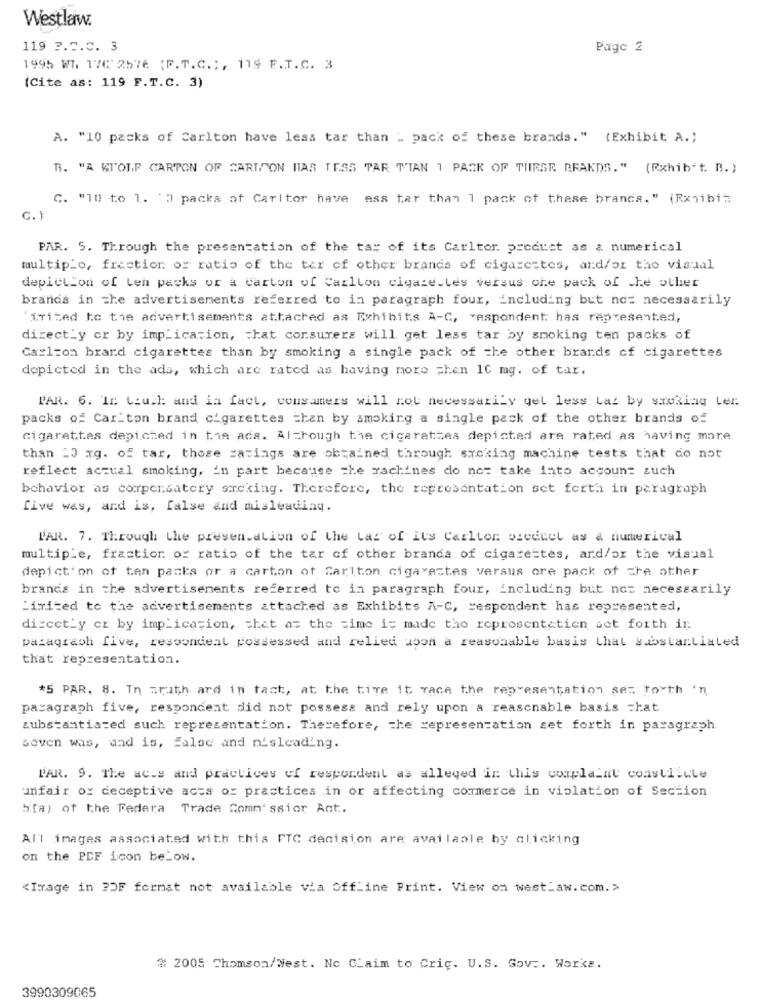
Westlaw.
119 ?. 5.C. 3
Page 2
1995 WI. 17C'2576 (P.T.C .;, 119 F.T.C. 3
(Cite as: 119 F.T.C. 3)
A. "10 packs of Carlton have less tar than " pack of these brands." (Exhibit A .;
B. "A KI'OLF CARTON OF CARTOON NAS TESS PAR TIAN 1 PACK OF THESE BRANDS." (Rxhib't. B.)
c. "10 to 1. 3 packs af Carltor have ess tar than 1 pack of these brands." (Rxgibis
C.
PAR. 5. Through the presentation of the tay of its Carltor. product as & numerical
multiplo, fraction of ratio of the tar of other brands of cigarestes, and/or the visual
depiction of Len packs or a carton of Carlton cigare.Les versus one pack of the other
brands in che advertisements referred to in paragraph four, including but not necessarily
"frihed to the advertisements attached as Exhibits A-C, respondent has represented,
directly or by implication, chat corsurers will get less tar by smoking ten packs of
Carlson brard cigarettes than by smoking a single pack of the other brands of cigarettes
depicted in the ada, which are rated as having more =hen 10 mg. of tar.
PAR. 6. In touch and in fact, consumers will not necessarily get less Las by smoking Ler.
packs of Car ton brand cigarettes than by smoking a single pack of the other brands of
cigarettes depicted in the ads. Although the cigarettes depicted are rated as having more
than =0 xg. of tar, those =a=ings are obtained through sucking machine tests that do not
reflect actual smoking, In part because che machines do not take into account such
behavior as compensatory smoking. Therefore, the representation set forth in paragraph
five was, and is, false and misleading.
PAR. 7. Through the presentation of the Lar of its Carlton oscetel as a numerical
multiple, fraction of ratio of the tar of other brands of cigarettes, and/or the visual
depict on of ten packs or a carton of Carlton cigarettes versus ore pack of the other
brands in the advertisements referred to in paragraph four, including but not necessarily
Limited to the advertisements attached as Exhibits A-C, respondent has represented,
directly er by implication, that at the time is made the representation set forth in.
paragraph five, resoondeal possessed and relied upon a reasonable basis that substantiated
that representation.
*5 PAR. 8. In truth and in tach, at the time it race the representation set forth 'n
paragraph five, respondent did not possess and rely upon a reasonable basis chat
substantiated such representation. Therefore, the representation set forth in paragraph.
seven was, and is, false and misleading.
PAR. 9. The ac.s and practices of respondent as alleged in this complaint coastlite
unfair or deceptive acts or practices in or affecting commerce in violation of Section
5(a) of the Federa Trade Comm'ssior Act ..
All images associated with this FTC decision are available by clicking
on the PDF con below.
<Image in PDF format not available via Offline Print. View on westlaw.com.>
# 2005 Thomson/Nest. No Claim to Cric. U.S. Gov .. Works.
3990309065